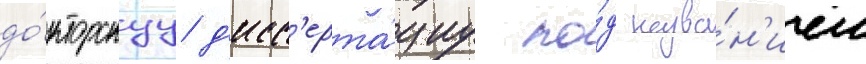
до́кторскуу д'исс'ерта́циу по́д назва́н'ием